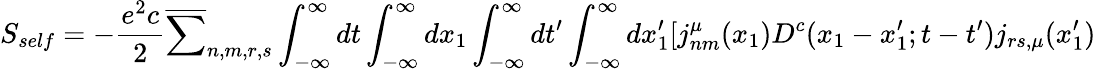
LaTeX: S_{self}=-\frac{e^{2}c}{2}\overline{{{\sum}}}_{n,m,r,s}\int_{-\infty}^{\infty}dt\int_{-\infty}^{\infty}dx_{1}\int_{-\infty}^{\infty}dt^{\prime}\int_{-\infty}^{\infty}dx_{1}^{\prime}[j_{nm}^{\mu}(x_{1})D^{c}(x_{1}-x_{1}^{\prime};t-t^{\prime})j_{rs,{\mu}}(x_{1}^{\prime})